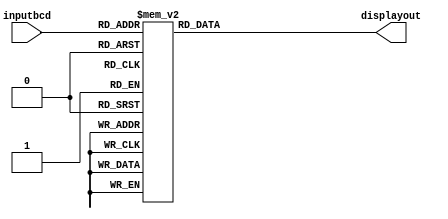
module sevenseg(displayout,inputbcd);

output [6:0] displayout;
input  [3:0] inputbcd;

reg    [6:0] displayout;      //latch the outputs


parameter bit0 = 7'b0000001;
parameter bit1 = 7'b0000010;
parameter bit2 = 7'b0000100;
parameter bit3 = 7'b0001000;
parameter bit4 = 7'b0010000;
parameter bit5 = 7'b0100000;
parameter bit6 = 7'b1000000;

parameter zero  = ~(bit0 | bit1 | bit2 | bit3 | bit4 | bit5);
parameter one   = ~(bit1 | bit2);
parameter two   = ~(bit0 | bit1 | bit3 | bit4 | bit6);
parameter three = ~(bit0 | bit1 | bit2 | bit3 | bit6);
parameter four  = ~(bit1 | bit2 | bit5 | bit6);
parameter five  = ~(bit0 | bit2 | bit3 | bit5 | bit6);
parameter six   = ~(bit0 | bit2 | bit3 | bit4 | bit5 | bit6);
parameter seven = ~(bit0 | bit1 | bit2);
parameter eight = ~(bit0 | bit1 | bit2 | bit3 | bit4 | bit5 | bit6);
parameter nine  = ~(bit0 | bit1 | bit2 | bit5 | bit6);
parameter blank = ~(7'd0);

always @ (inputbcd)

case (inputbcd)
0:   displayout = zero;
1:   displayout = one;
2:   displayout = two;
3:   displayout = three;
4:   displayout = four;
5:   displayout = five;
6:   displayout = six;
7:   displayout = seven;
8:   displayout = eight;
9:   displayout = nine;

default: displayout = blank;
endcase
   
endmodule